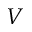
\boldsymbol { V }